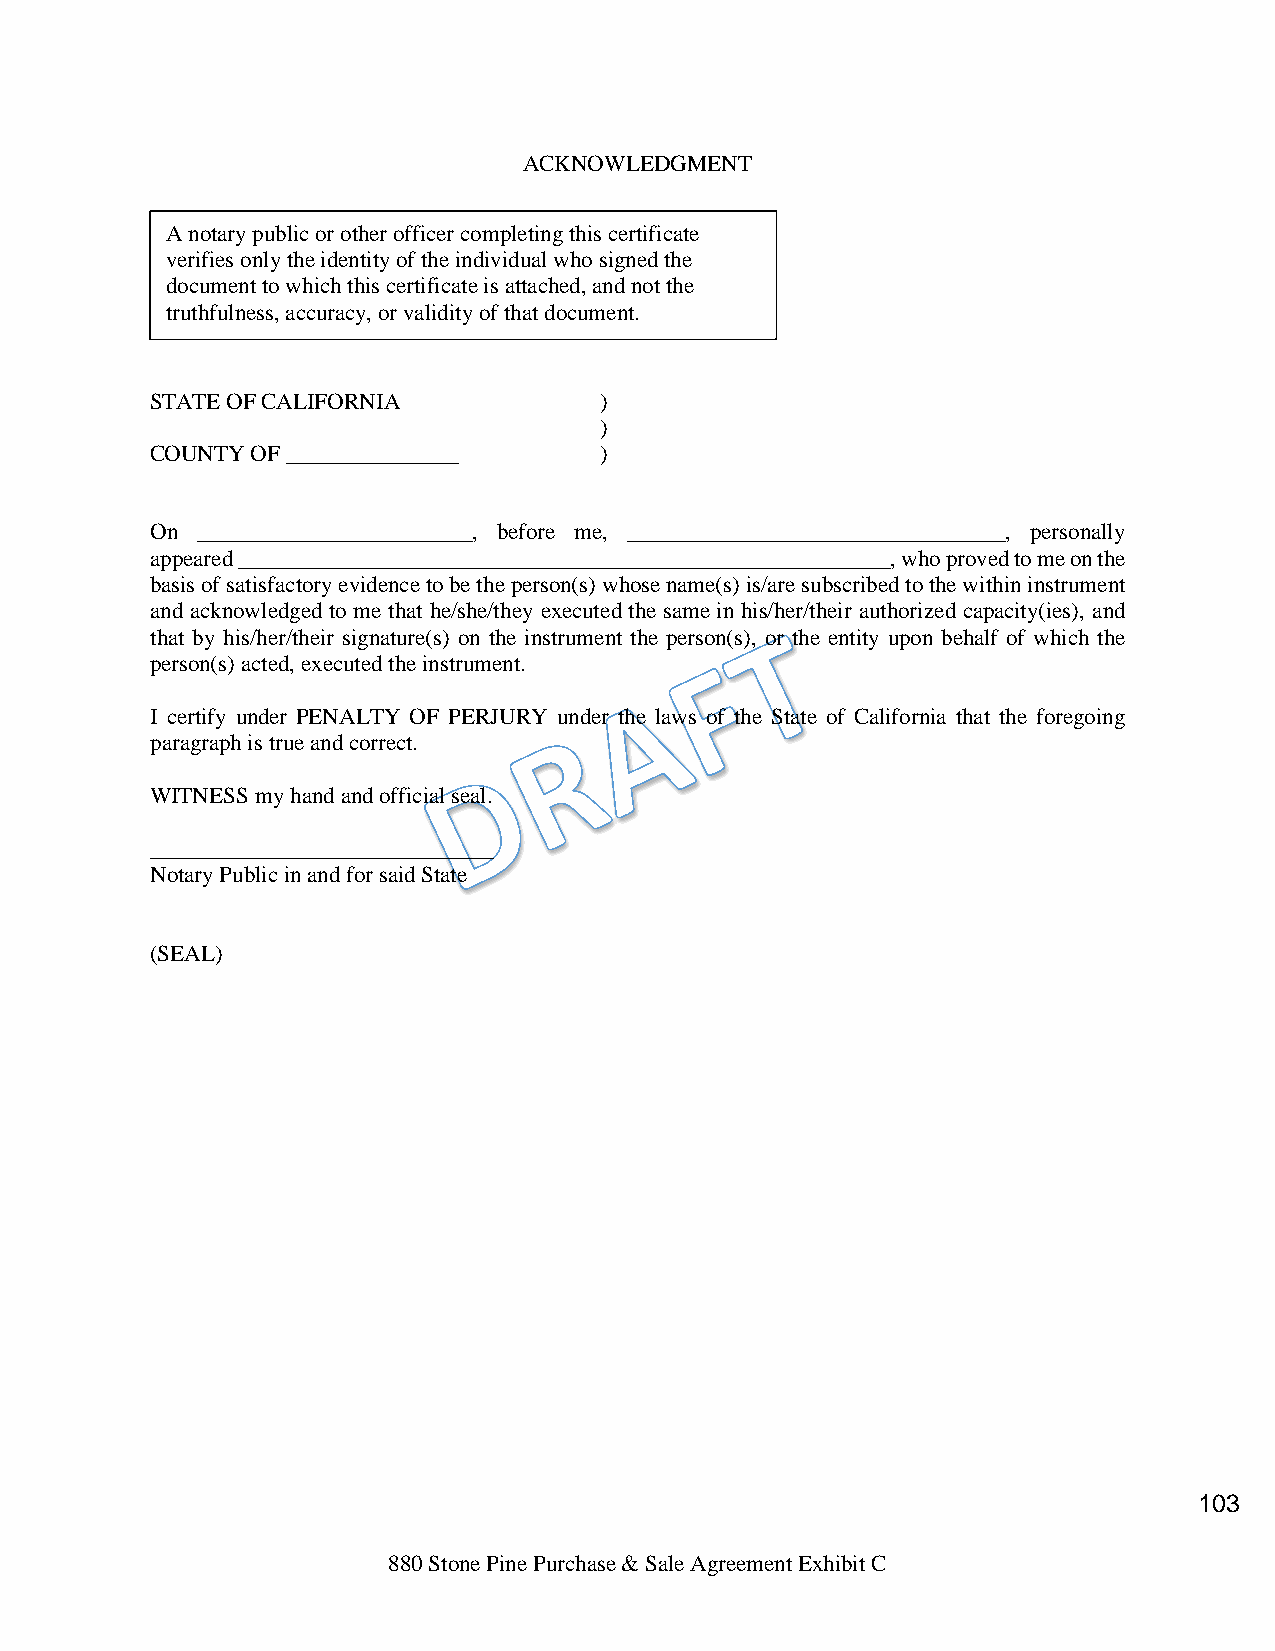
ACKNOWLEDGMENT
 A notary public or other officer completing this certificate
 verifies only the identity of the individual who signed the
 document to which this certificate is attached, and not the
 truthfulness, accuracy, or validity of that document.
 STATE OF CALIFORNIA           )
 )
 COUNTY OF _______________     )
 On ________________________, before me, _________________________________, personally
 appeared _________________________________________________________, who proved to me on the
 basis of satisfactory evidence to be the person(s) whose name(s) is/are subscribed to the within instrument
 and acknowledged to me that he/she/they executed the same in his/her/their authorized capacity(ies), and
 that by his/her/their signature(s) on the instrument the person(s), or the entity upon behalf of which the
 person(s) acted, executed the instrument.
 I certify under PENALTY OF PERJURY under the laws of the State of California that the foregoing
 paragraph is true and correct.
 WITNESS my hand and official seal.
 ______________________________
 Notary Public in and for said State
 (SEAL)
 103
 880 Stone Pine Purchase & Sale Agreement Exhibit C